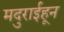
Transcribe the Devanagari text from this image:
मदुराईहून